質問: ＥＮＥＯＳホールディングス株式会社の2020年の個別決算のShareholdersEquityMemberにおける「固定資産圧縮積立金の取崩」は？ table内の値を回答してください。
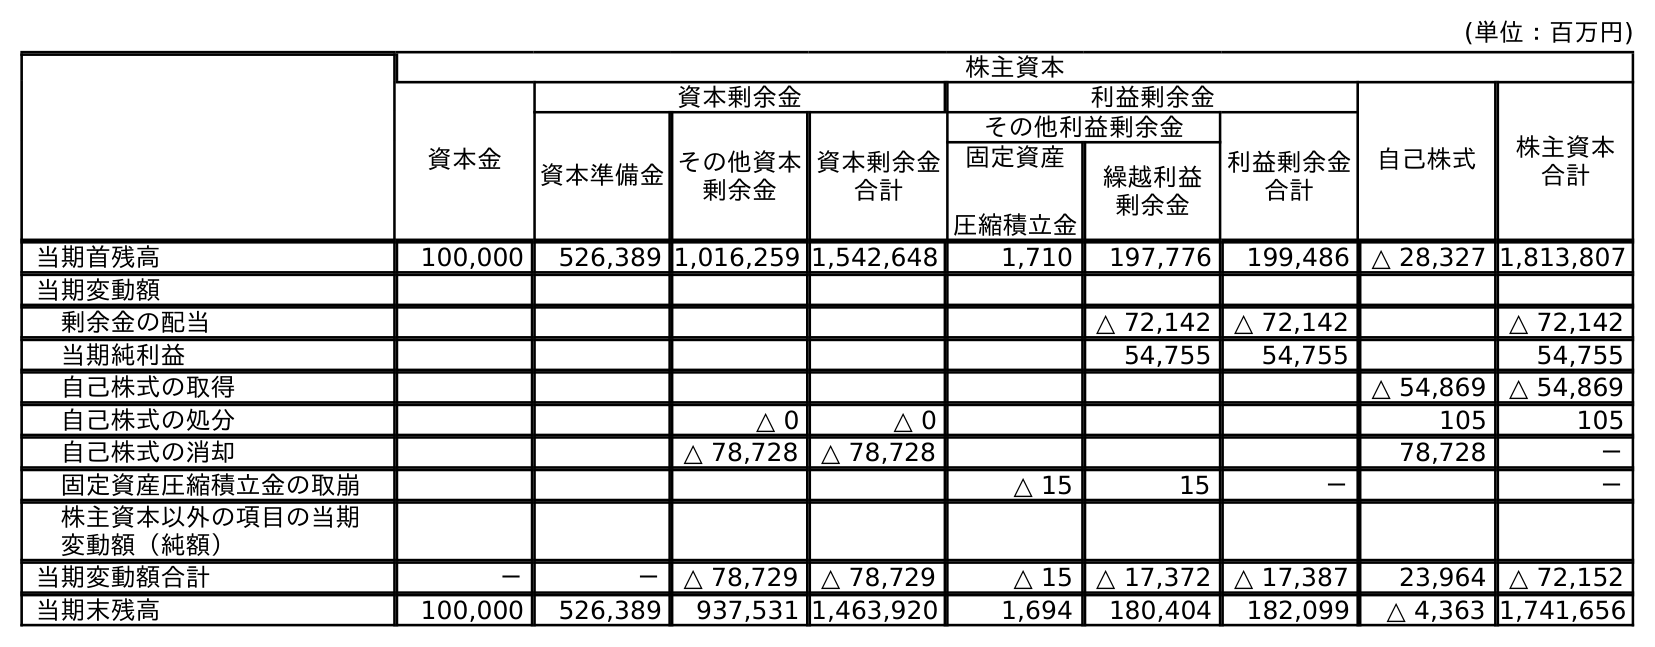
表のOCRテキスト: (単位：百万円) 株主資本 資本金 資本剰余金 利益剰余金 自己株式 株主資本 合計 資本準備金その他資本 剰余金 資本剰余金 合計 その他利益剰余金 利益剰余金 合計 固定資産 圧縮積立金 繰越利益 剰余金 当期首残高 100,000 526,389 1,016,259 1,542,648 1,710 197,776 199,486 △ 28,327 1,813,807 当期変動額 剰余金の配当 △ 72,142 △ 72,142 △ 72,142 当期純利益 54,755 54,755 54,755 自己株式の取得 △ 54,869 △ 54,869 自己株式の処分 △ 0 △ 0 105 105 自己株式の消却 △ 78,728 △ 78,728 78,728 － 固定資産圧縮積立金の取崩 △ 15 15 － － 株主資本以外の項目の当期 変動額（純額） 当期変動額合計 － － △ 78,729 △ 78,729 △ 15 △ 17,372 △ 17,387 23,964 △ 72,152 当期末残高 100,000 526,389 937,531 1,463,920 1,694 180,404 182,099 △ 4,363 1,741,656
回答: －